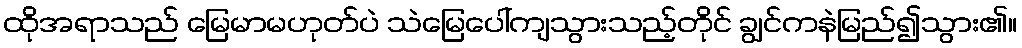
ထိုအရာသည် မြေမာမဟုတ်ပဲ သဲမြေပေါ်ကျသွားသည့်တိုင် ချွင်ကနဲမြည်၍သွား၏။